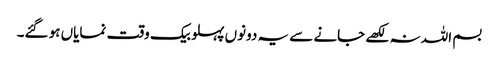
بسم اللہ نہ لکھے جانے سے یہ دونوں پہلو بیک وقت نمایاں ہو گئے۔